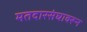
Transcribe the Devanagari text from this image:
मतदारसंघावरून